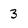
Character: 3